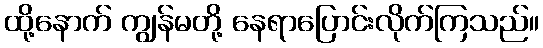
ထို့နောက် ကျွန်မတို့ နေရာပြောင်းလိုက်ကြသည်။